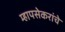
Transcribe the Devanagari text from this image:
म्हापसेकरांचे